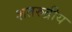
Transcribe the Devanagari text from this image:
शतरुद्रीय